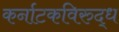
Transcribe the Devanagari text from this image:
कर्नाटकविरुद्ध